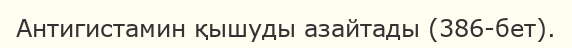
Антигистамин қышуды азайтады (386-бет).